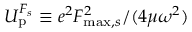
U _ { \mathrm { p } } ^ { F _ { s } } \equiv { e ^ { 2 } F _ { \mathrm { m a x } , s } ^ { 2 } } / { ( 4 \mu \omega ^ { 2 } ) }